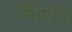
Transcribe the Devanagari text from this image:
दिलाइ